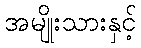
အမျိုးသားနှင့်